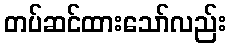
တပ်ဆင်ထားသော်လည်း